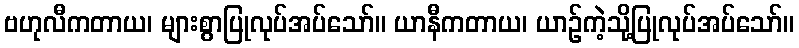
ဗဟုလီကတာယ၊ များစွာပြုလုပ်အပ်သော်။ ယာနီကတာယ၊ ယာဉ်ကဲ့သို့ပြုလုပ်အပ်သော်။